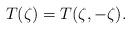
LaTeX: \begin{align*}T(\zeta)=T(\zeta,-\zeta).\end{align*}